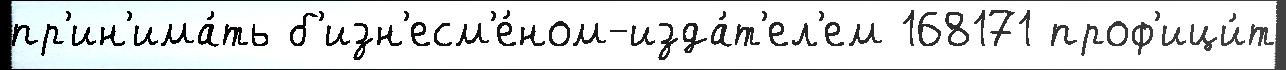
пр'ин'има́ть б'изн'есм'е́ном-изда́т'ел'ем 168171 проф'ици́т